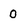
Character: O